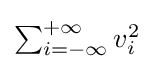
{\textstyle \sum _{i=-\infty }^{+\infty }v_{i}^{2}}